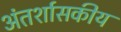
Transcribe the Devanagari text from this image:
अंतर्शासकीय